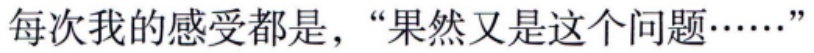
每次我的感受都是，“果然又是这个问题……”